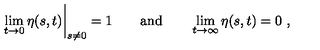
\lim _ { t \to 0 } \eta ( s , t ) \bigg | _ { s \neq 0 } = 1 \qquad \mathrm { a n d } \qquad \lim _ { t \to \infty } \eta ( s , t ) = 0 \ ,